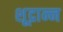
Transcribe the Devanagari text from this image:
शूद्रान्न